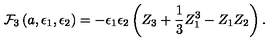
{ \cal F } _ { 3 } \left( a , \epsilon _ { 1 } , \epsilon _ { 2 } \right) = - \epsilon _ { 1 } \epsilon _ { 2 } \left( Z _ { 3 } + \frac { 1 } { 3 } Z _ { 1 } ^ { 3 } - Z _ { 1 } Z _ { 2 } \right) .